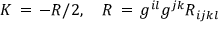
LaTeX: K \, = \, - R / 2 , \quad R \, = \, g ^ { i l } g ^ { j k } R _ { i j k l }